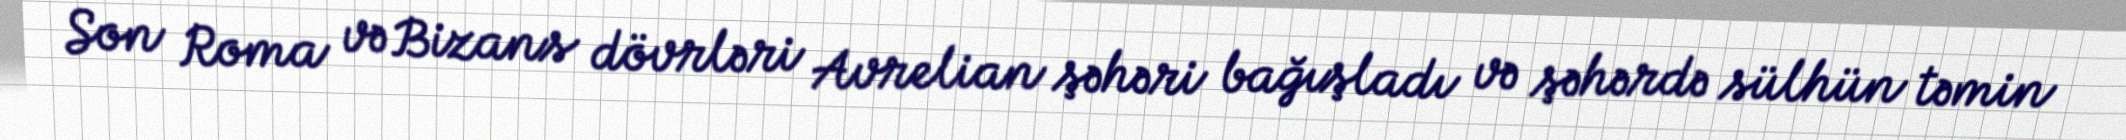
Son Roma və Bizans dövrləri Avrelian şəhəri bağışladı və şəhərdə sülhün təmin